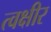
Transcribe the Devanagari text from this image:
त्वक्षीर